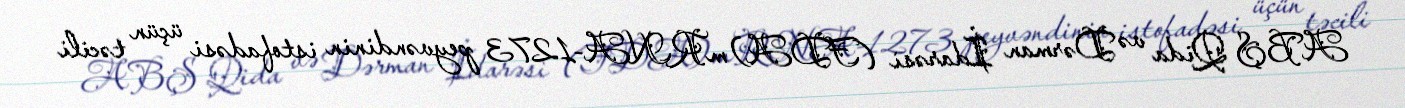
ABŞ Qida və Dərman İdarəsi (FDA) mRNA-1273 peyvəndinin istofadəsi üçün təcili